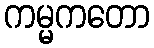
ကမ္မကတော